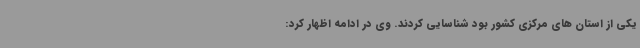
یکی از استان های مرکزی کشور بود شناسایی کردند. وی در ادامه اظهار کرد: